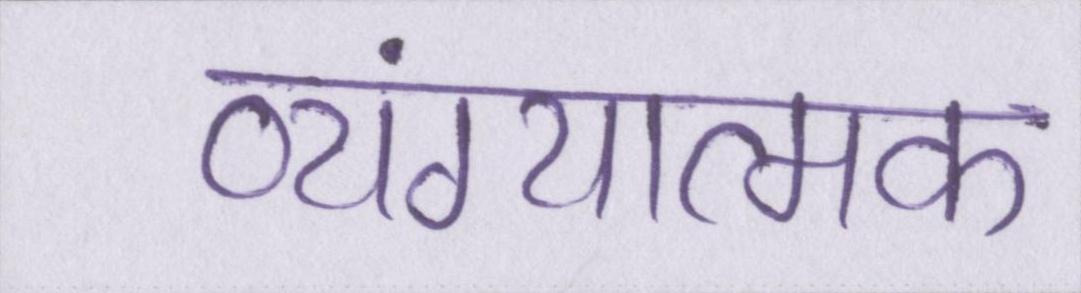
व्यंग्यात्मक